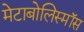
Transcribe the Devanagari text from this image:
मेटाबोलिस्मॉस